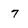
Character: 7